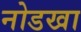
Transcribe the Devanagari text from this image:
नोडखा